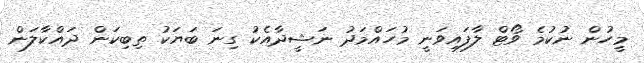
މީހުން ނުކުމެ ވޯޓް ލާފައިވަނީ މުހައްމަދު ނަޝީދާއެކު ގިނަ ބަޔަކު ތިބިކަން ދައްކާލަން